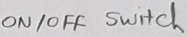
Text: ON/OFF Switch